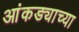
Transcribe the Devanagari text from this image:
आंकड्याच्या